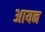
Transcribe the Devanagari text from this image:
अायन